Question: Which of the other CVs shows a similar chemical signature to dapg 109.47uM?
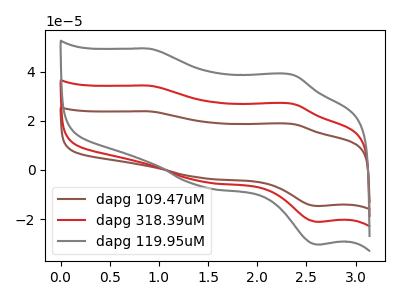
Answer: <think>The brown curve "dapg 109.47uM" has anodic peaks at (0.90V, 68.75uA) (2.35V, 53.90uA) and cathodic peaks at (1.45V, -9.40uA) (2.65V, -42.30uA). The red curve "dapg 318.39uM" has anodic peaks at (0.90V, 34.35uA) (2.35V, 26.95uA) and cathodic peaks at (1.45V, -4.70uA) (2.65V, -21.15uA). The gray curve "dapg 119.95uM" has anodic peaks at (0.90V, 49.45uA) (2.35V, 38.80uA) and cathodic peaks at (1.45V, -6.80uA) (2.65V, -30.40uA).
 All the peaks in "dapg 109.47uM" have a peak in "dapg 318.39uM" at the same potential. Every peak in "dapg 109.47uM" is higher than every peak in "dapg 318.39uM". All the peaks in "dapg 109.47uM" have a peak in "dapg 119.95uM" at the same potential. Every peak in "dapg 109.47uM" is higher than every peak in "dapg 119.95uM". All the peaks in "dapg 318.39uM" have a peak in "dapg 119.95uM" at the same potential. Every peak in "dapg 318.39uM" is lower than every peak in "dapg 119.95uM".</think>
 <answer>"dapg 109.47uM" and "dapg 318.39uM" have a similar shape to "dapg 119.95uM".</answer>
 <eval>"dapg 109.47uM" "dapg 318.39uM"</eval>